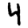
Digit: 4